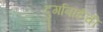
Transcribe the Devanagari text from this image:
दुर्गाबाईंची